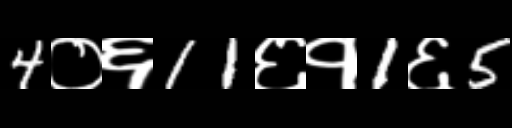
Text: 4०६11६१1६5